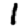
Digit: 1